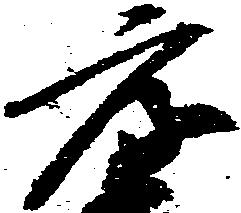
元